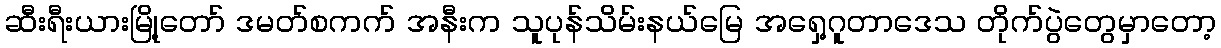
ဆီးရီးယားမြို့တော် ဒမတ်စကက် အနီးက သူပုန်သိမ်းနယ်မြေ အရှေ့ဂူတာဒေသ တိုက်ပွဲတွေမှာတော့